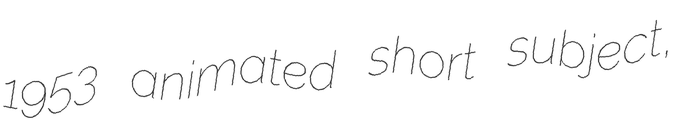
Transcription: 1953 animated short subject,